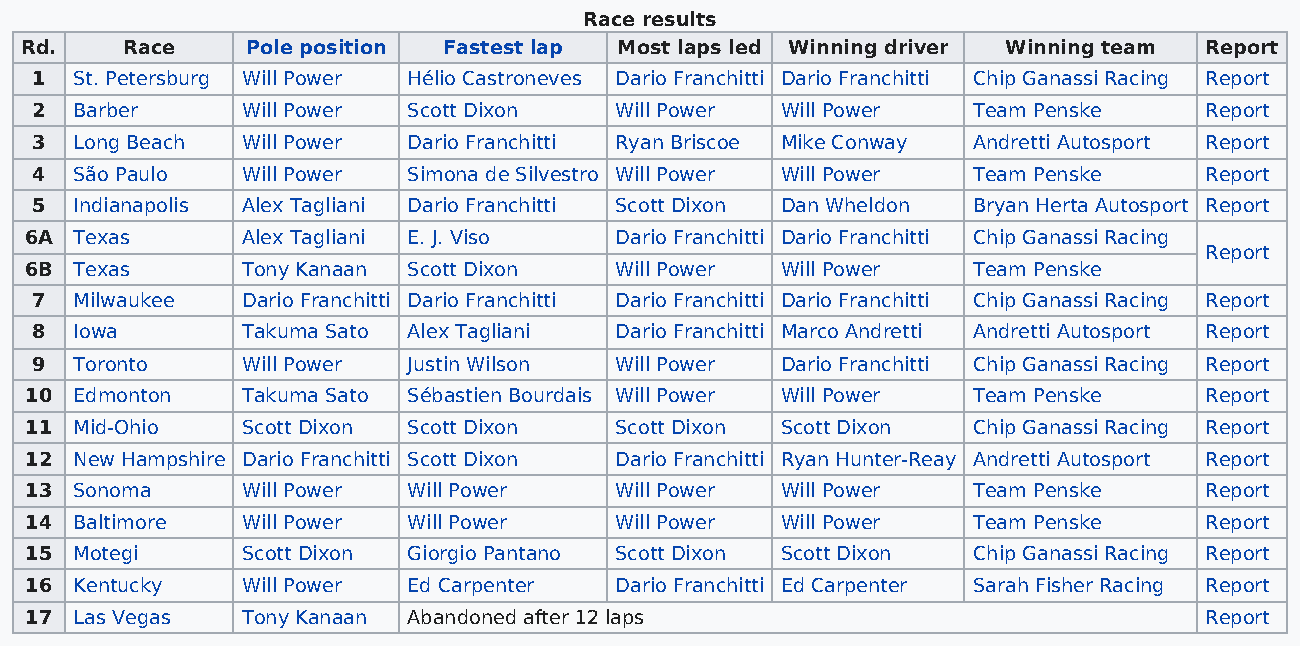
Race results
 Rd.    Race    Pole position Fastest lap Most laps led Winning driver Winning team Report
 1  St. Petersburg Will Power Hélio Castroneves Dario Franchitti Dario Franchitti Chip Ganassi Racing Report
 2  Barber     Will Power Scott Dixon   Will Power Will Power  Team Penske     Report
 3  Long Beach Will Power Dario Franchitti Ryan Briscoe Mike Conway Andretti Autosport Report
 4  São Paulo  Will Power Simona de Silvestro Will Power Will Power Team Penske Report
 5  Indianapolis Alex Tagliani Dario Franchitti Scott Dixon Dan Wheldon Bryan Herta Autosport Report
 6A Texas      Alex Tagliani E. J. Viso Dario Franchitti Dario Franchitti Chip Ganassi Racing
 Report
 6B Texas      Tony Kanaan Scott Dixon  Will Power Will Power  Team Penske
 7  Milwaukee  Dario Franchitti Dario Franchitti Dario Franchitti Dario Franchitti Chip Ganassi Racing Report
 8  Iowa       Takuma Sato Alex Tagliani Dario Franchitti Marco Andretti Andretti Autosport Report
 9  Toronto    Will Power Justin Wilson Will Power Dario Franchitti Chip Ganassi Racing Report
 10 Edmonton   Takuma Sato Sébastien Bourdais Will Power Will Power Team Penske Report
 11 Mid-Ohio   Scott Dixon Scott Dixon  Scott Dixon Scott Dixon Chip Ganassi Racing Report
 12 New Hampshire Dario Franchitti Scott Dixon Dario Franchitti Ryan Hunter-Reay Andretti Autosport Report
 13 Sonoma     Will Power Will Power    Will Power Will Power  Team Penske     Report
 14 Baltimore  Will Power Will Power    Will Power Will Power  Team Penske     Report
 15 Motegi     Scott Dixon Giorgio Pantano Scott Dixon Scott Dixon Chip Ganassi Racing Report
 16 Kentucky   Will Power Ed Carpenter  Dario Franchitti Ed Carpenter Sarah Fisher Racing Report
 17 Las Vegas  Tony Kanaan Abandoned after 12 laps                             Report